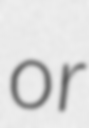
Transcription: or